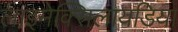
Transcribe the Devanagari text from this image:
लाइमेक्सिलायडिया